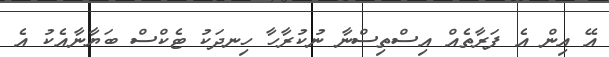
އޭ އިން އެ ފަރާތެއް އިސްތިސްނާ ނުކުރާހާ ހިނދަކު ޓެކްސް ބަޔާނާއެކު އެ